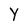
Character: y